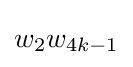
w_{2}w_{4k-1}